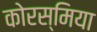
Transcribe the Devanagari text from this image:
कोरस्मिया